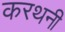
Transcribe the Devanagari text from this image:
करथनी